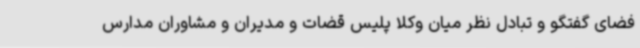
فضای گفتگو و تبادل نظر میان وکلا پلیس قضات و مدیران و مشاوران مدارس